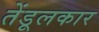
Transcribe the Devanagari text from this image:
तेंडूलकार